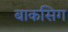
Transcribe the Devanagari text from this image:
बाकसिग